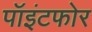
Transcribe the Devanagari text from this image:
पॉइंटफोर